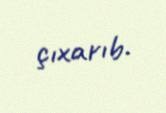
çıxarıb.